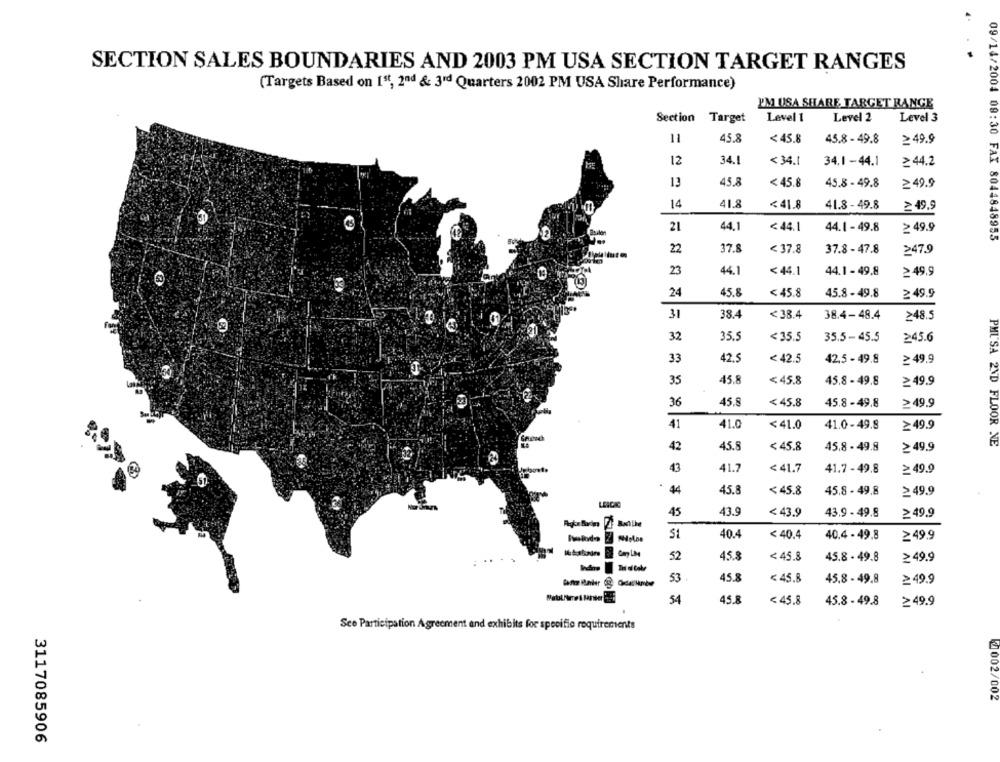
SECTION SALES BOUNDARIES AND 2003 PM USA SECTION TARGET RANGES
(Targets Based on 1st, 2nd & 3rd Quarters 2002 PM USA Share Performance)
09/14/2004
I'M USA SHARE, TARGET RANGE
Section Target
Level 1
Level 2
Level 3
11
45.8
08:30
<45.8
45.8 - 49.8
≥49.9
12
34.1
<34.1
FAX
34.1-44.1
≥ 44.2
13
45.8
< 45.8
45.8 - 49.8
≥ 49.9
14
41.8
<41.8
41.8 - 49.8
≥49.9
21
44.1
<44.1
44.1 - 49.8
≥ 49.9
8044848955
22
37.8
< 37.8
37.8 - 47.8
≥47.9
23
44.1
<44.1
44.1 - 49.8
≥49.9
24
45.8
< 45.8
45.8 - 49.8
≥ 49.9
31
38.4
< 38.4
38.4-48.4
≥48.5
32
35.5
<35.5
35.5- 45.5
≥45.6
33
42.5
42,5 - 49.8
≥49.9
< 42.5
35
45.8
<45.8
45.8 - 49.8
≥49.9
36
45.8
< 45.8
45.8 -49.8
≥49.9
41
41.0
<41.0
41.0-49.8
≥49.9
PHUSA 2ND FLOOR NE
42
45.8
<45.8
45.8 - 49.8
≥ 49.9
43
41.7
< 41.7
41.7 - 49.8
≥ 49.9
44
45.8
< 45.8
45.8 - 49.8
≥ 49.9
LEICAC
45
43.9
<43.9
43.9 - 49.8
≥49.9
40.4
51
<40.4
40.4 - 49.8
≥ 49.9
52
45.8
< 45.8
45.8 - 49.8
≥ 49.9
53
45.8
<45.8
45.8 - 49.8
≥49.9
54
45.8
< 45.8
45.8 - 49.8
≥49.9
Sce Participation Agreement and exhibits for specific requirements
002/002
3117085906